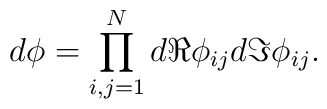
d\phi = \prod_{i,j=1}^N d\Re \phi_{ij}d\Im \phi_{ij}.